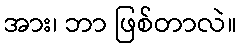
အား၊ ဘာ ဖြစ်တာလဲ။